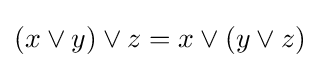
(x\lor y)\lor z=x\lor (y\lor z)